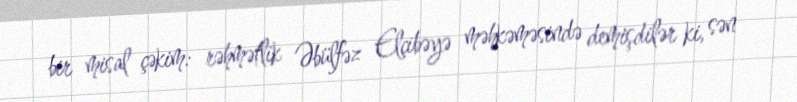
bir misal çəkim: rəhmətlik Əbülfəz Elçibəyə məhkəməsində demişdilər ki, sən